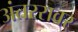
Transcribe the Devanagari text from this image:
अंतररावर